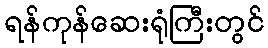
ရန်ကုန်ဆေးရုံကြီးတွင်